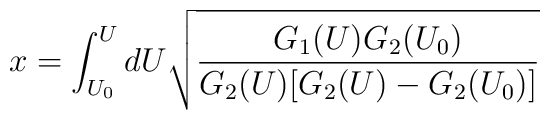
x = \int_{U_0}^{U} d U \sqrt{\frac{G_1(U) G_2(U_0)}{G_2(U) [G_2(U) - G_2(U_0)]}}